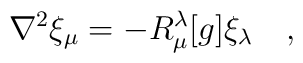
\nabla^2\xi_{\mu}=-R^\lambda_\mu[g]\xi_\lambda~~~,